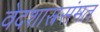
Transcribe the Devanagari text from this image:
वेदशास्त्रसंमत